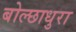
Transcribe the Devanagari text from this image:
बोल्छाधुरा